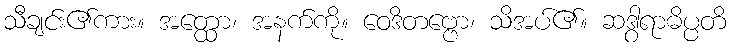
သီချင်း၏ကား။ အတ္ထော၊ အနက်ကို။ ဝေဒိတဗ္ဗော၊ သိအပ်၏။ ဆဒွါရာဓိပ္ပတိ